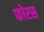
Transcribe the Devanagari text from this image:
फोरस